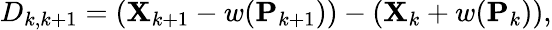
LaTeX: D_{k,k+1}=(\mathbf{X}_{k+1}-w(\mathbf{P}_{k+1}))-(\mathbf{X}_{k}+w(\mathbf{P}_{k})),